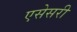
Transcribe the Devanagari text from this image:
एसेसरी